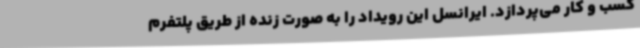
کسب و کار می‌پردازد. ایرانسل این رویداد را به صورت زنده از طریق پلتفرم